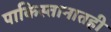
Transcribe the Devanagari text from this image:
पाकिस्तानातही